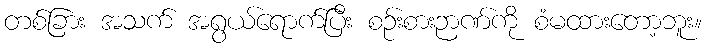
တစ်ခြား အသက် အရွယ်ရောက်ပြီး စဉ်းစားဉာဏ်ကို စံမထားတော့ဘူး။